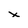
Character: x